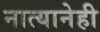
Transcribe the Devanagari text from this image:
नात्यानेही